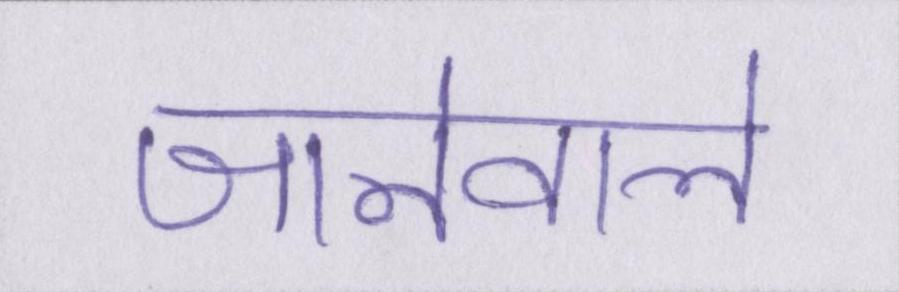
जानेवाले